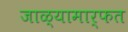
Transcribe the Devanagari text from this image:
जाळ्यामार्फत